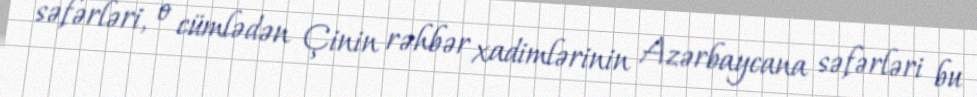
səfərləri, o cümlədən Çinin rəhbər xadimlərinin Azərbaycana səfərləri bu